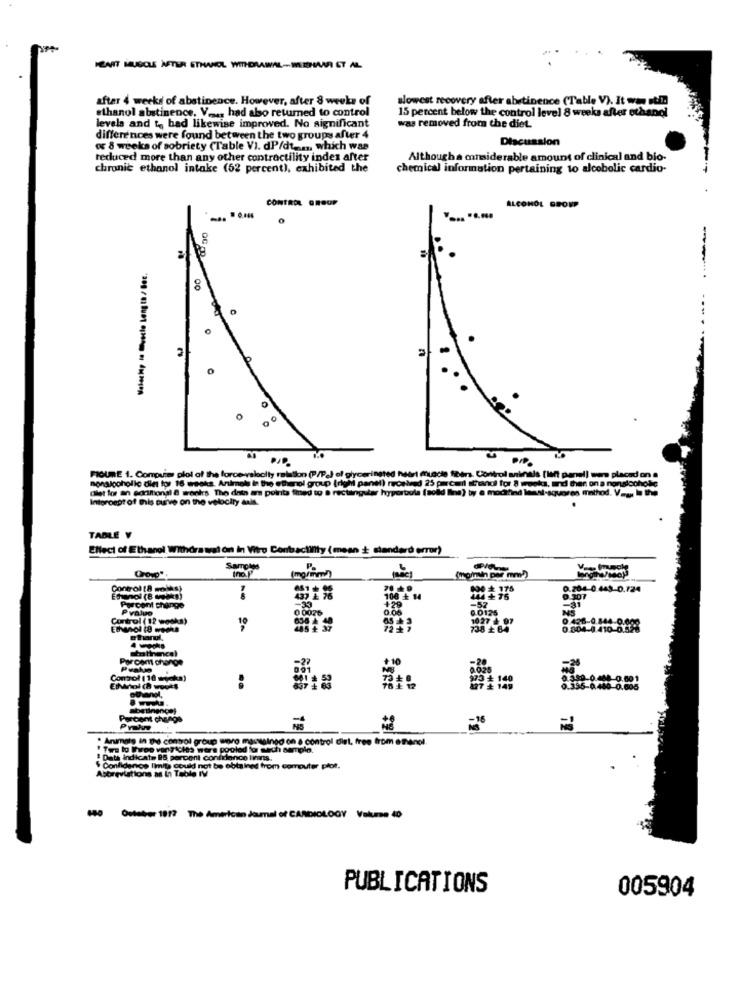
HEART MUSCLE AFTER ETHANOL WITHDRAWAL-MEHAAR ET AL
after 4 weeks of abstinence. However, after 8 weeks of
slowest recovery after abstinence (Table V). It was nt !!
ethanol abstinence, V .... had also returned to control
15 percent below the control level 8 weeks after ethanol
levels and t, bad likewise improved. No significant
was removed from the diet.
differences were found between the two groups after 4
Discussion
o 8 weeks of sobriety (Table VI. dP/dt -.... which was
reduced more than any other contractility index after
Althougha considerable amount of clinical and bio-
chronic ethanol intake (52 percent), exhibited the
chemical information pertaining to alcobolic cardio-
--
+
CONTROL GROUP
ALCOHOL GROUP
Valechp le uecie Length/ Bes.
00
00
DIP
nonalcoholic dies tor 16 weeks. Animals in the ethanol group (righ panel) received 25 parcal sthandi for 8 weeks, and then on a nonalcoholic
FIGURE 1. Comovis plot of the force-valcity ralation (P/P.J ol glycerinated heart muscle fors. Control aninals (lent panel) were placed on a
Olet for an coniltional & monks The data as pointa fmed to a rectangular hyperbola (sold Ine) by a mocifind least-squares method. V .... . the
Intercept of this Duive on the velocity aula.
TABLE V
ENeci of Ethanol Withdrawal on In Vitro Contractility (mean + standard error)
Sample
P.
Control (8 moths)
..
0.204-0 448-0.724
Porcent things
P value
0 0026
-52
0.0125
-31
Control (12 wooks)
10.27 ₺ 07
738 + 64
0.804-0 410 0 9
10 wycka)
29 140
-16
· Animals in the control group woro maisalned on a control diet, free from atenol.
! Ters to I'vee vony cles wers pooled for mach sample.
Dath Indicate BS, porcent confiance finans.
Abbreviations as In Table IV
$ Confidence limits could not be obtained from computer plot.
PUBLICATIONS
005904